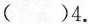
( )4.